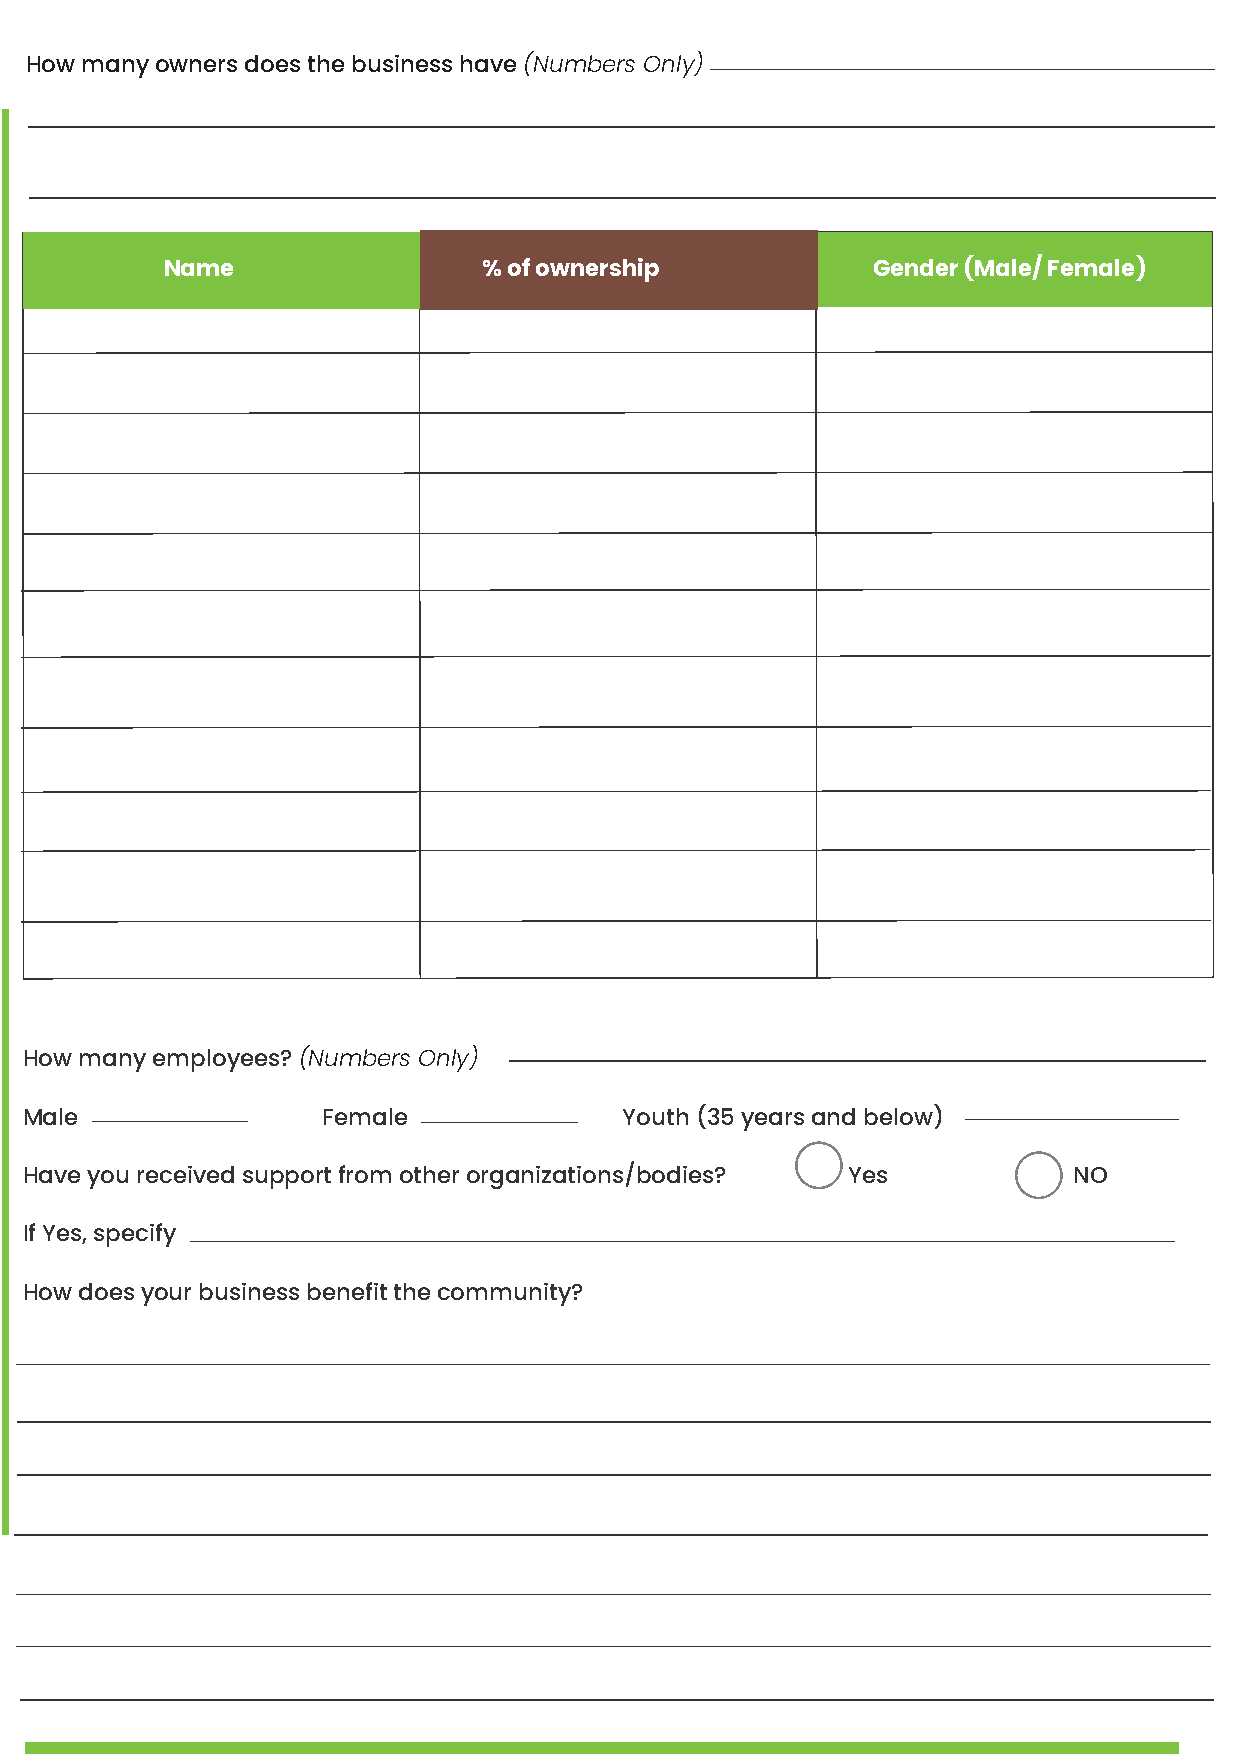
How many owners does the business have (Numbers Only)
 Name                 % of ownership            Gender (Male/ Female)
 How many employees? (Numbers Only)
 Male               Female              Youth (35 years and below)
 Have you received support from other organizations/bodies? Yes       NO
 If Yes, specify
 How does your business benefit the community?